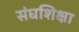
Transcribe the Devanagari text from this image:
संघशिक्षा